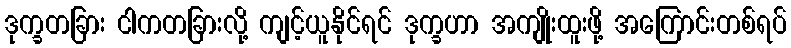
ဒုက္ခတခြား ငါကတခြားလို့ ကျင့်ယူနိုင်ရင် ဒုက္ခဟာ အကျိုးထူးဖို့ အကြောင်းတစ်ရပ်